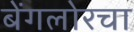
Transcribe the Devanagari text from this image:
बेंगलोरचा